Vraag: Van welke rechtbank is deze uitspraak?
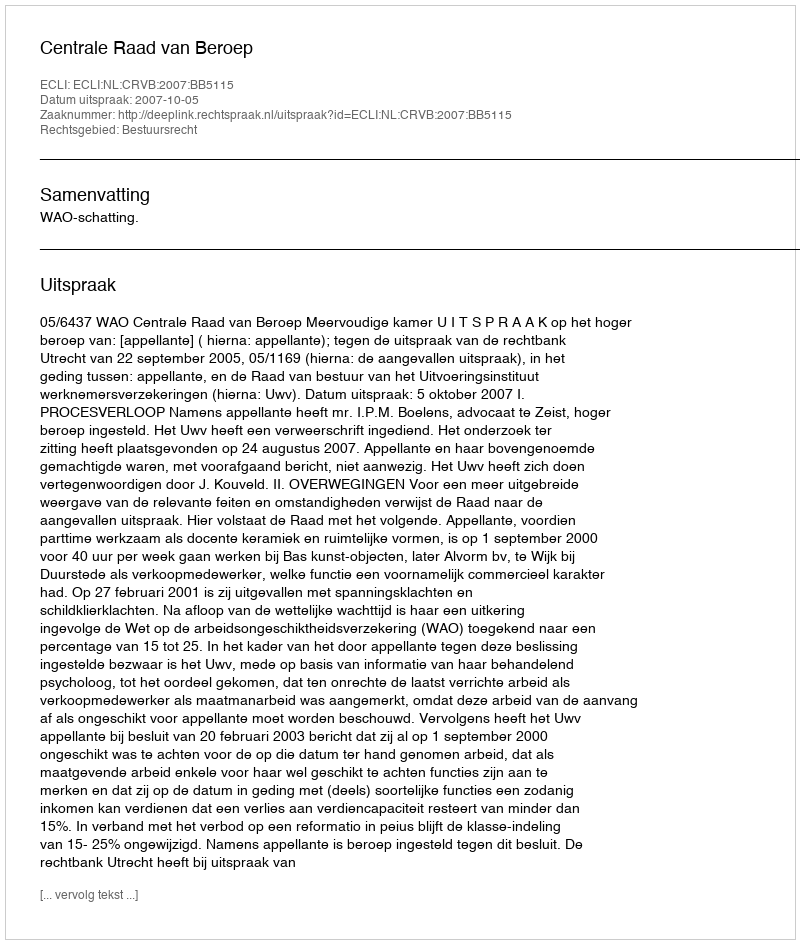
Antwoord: Centrale Raad van Beroep